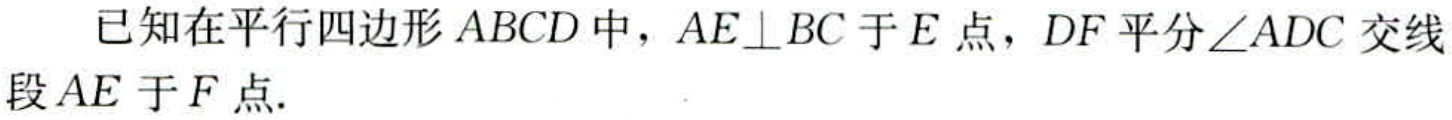
已知在平行四边形 \(ABCD\) 中，\(AE\perp BC\) 于 \(E\) 点，\(DF\) 平分\(\angle ADC\) 交线段 \(AE\) 于 \(F\) 点.